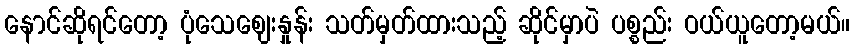
နောင်ဆိုရင်တော့ ပုံသေဈေးနှုန်း သတ်မှတ်ထားသည့် ဆိုင်မှာပဲ ပစ္စည်း ဝယ်ယူတော့မယ်။